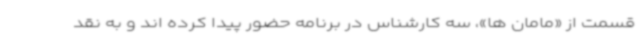
قسمت از «مامان ها»، سه کارشناس در برنامه حضور پیدا کرده اند و به نقد